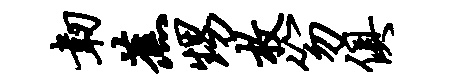
韧蕉甥枚笏俱